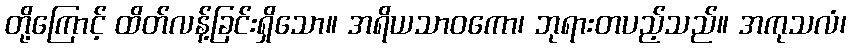
တို့ကြောင့် ထိတ်လန့်ခြင်းရှိသော။ အရိယသာဝကော၊ ဘုရားတပည့်သည်။ အကုသလံ၊